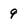
Character: 9